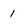
Character: 1